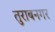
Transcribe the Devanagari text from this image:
तुराबनगर